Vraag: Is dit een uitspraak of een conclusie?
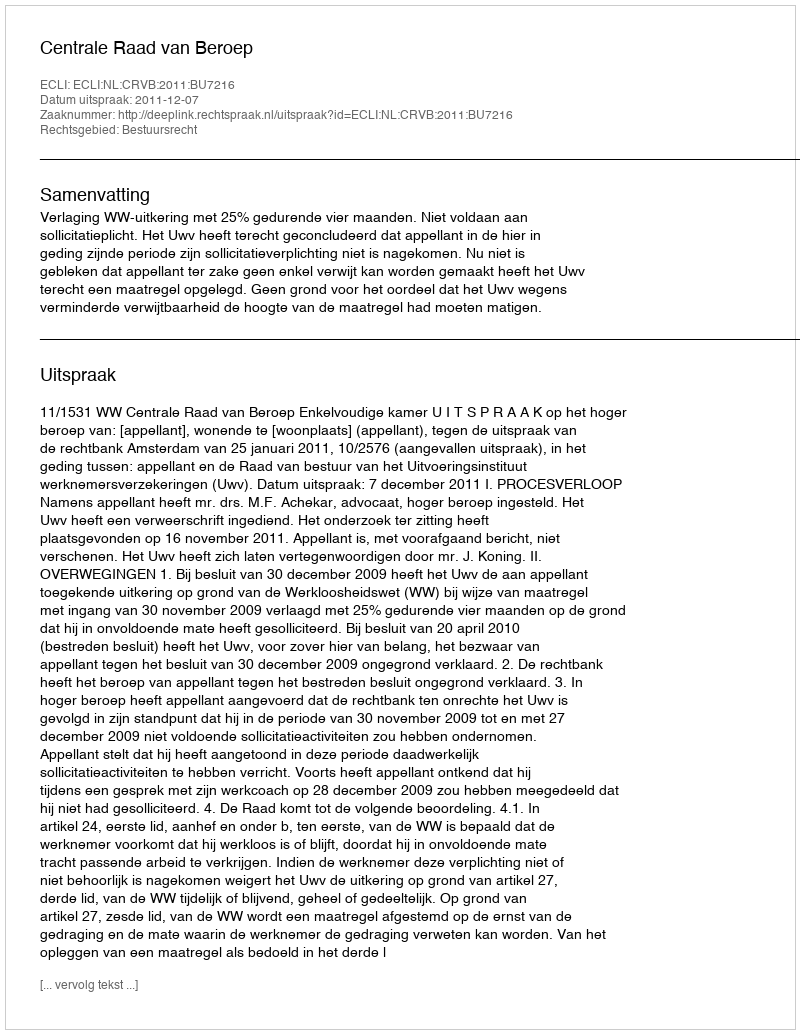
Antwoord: Uitspraak